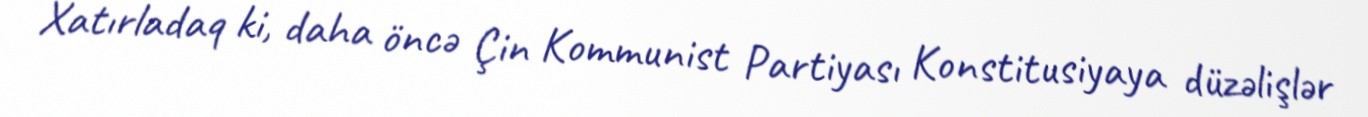
Xatırladaq ki, daha öncə Çin Kommunist Partiyası Konstitusiyaya düzəlişlər